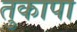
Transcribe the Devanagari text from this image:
तुकापा